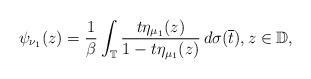
LaTeX: \begin{align*}\psi_{\nu_{1}}(z)=\frac{1}{\beta}\int_{\mathbb{T}}\frac{t\eta_{\mu_{1}}(z)}{1-t\eta_{\mu_{1}}(z)}\,d\sigma(\overline{t}),z\in\mathbb{D},\end{align*}